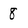
Character: 8